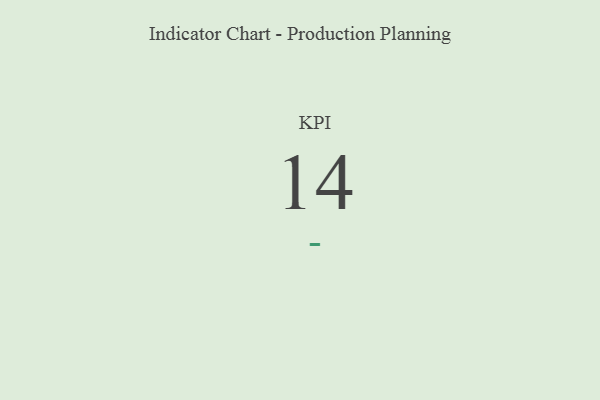
{"axis": {"x": "KPI", "y": "Value"}, "legend": [""], "data": [{"x": "KPI", "y": 14, "type": ""}]}